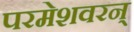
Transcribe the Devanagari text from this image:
परमेशवरन्